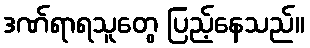
ဒဏ်ရာရသူတွေ ပြည့်နေသည်။